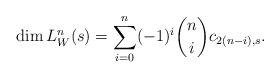
LaTeX: \begin{align*} \dim L_W^n(s) = \sum_{i=0}^n (-1)^i \binom{n}{i} c_{2(n-i),s}.\end{align*}